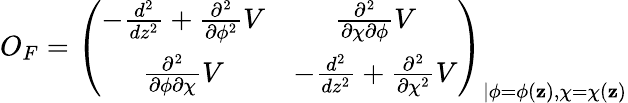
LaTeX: O_{F}=\left(\begin{array}{cc}{{-\frac{d^{2}}{dz^{2}}+\frac{\partial^{2}}{\partial\phi^{2}}V}}&{{\frac{\partial^{2}}{\partial\chi\partial\phi}V}}\\ {{\frac{\partial^{2}}{\partial\phi\partial\chi}V}}&{{-\frac{d^{2}}{dz^{2}}+\frac{\partial^{2}}{\partial\chi^{2}}V}}\end{array}\right)_{\vert\phi=\phi(\mathbf{z}),\chi=\chi(\mathbf{z})}